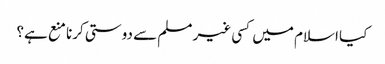
کیا اسلام میں کسی غیر مسلم سے دوستی کرنا منع ہے؟